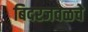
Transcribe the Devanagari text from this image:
बिदरजवळचे